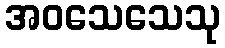
အဝသေသေသု